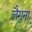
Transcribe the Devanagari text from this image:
लैगुना